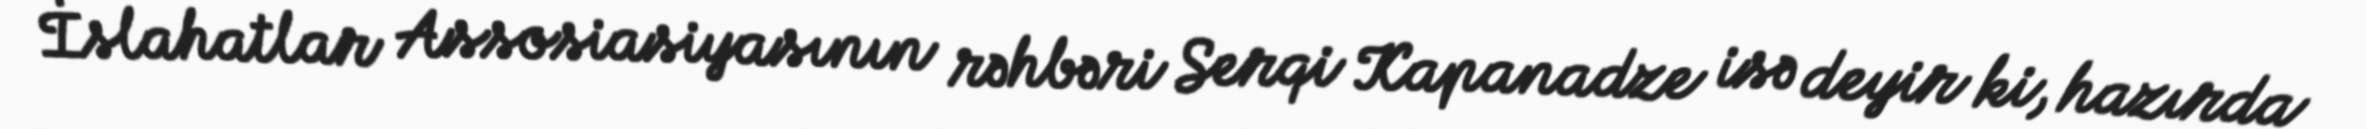
İslahatlar Assosiasiyasının rəhbəri Serqi Kapanadze isə deyir ki, hazırda